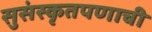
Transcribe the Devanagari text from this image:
सुसंस्कृतपणाची